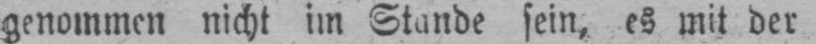
genommen nicht im Stande sein, es mit der